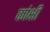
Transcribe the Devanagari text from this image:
कांक्षी